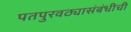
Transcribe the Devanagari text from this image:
पतपुरवठ्यासंबंधीची